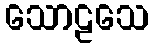
သောဠသေ